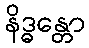
နိဒ္ဓန္တော